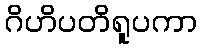
ဂိဟိပတိရူပကာ